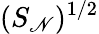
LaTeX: (S_{\mathscr{N}})^{1/2}